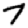
Digit: 7